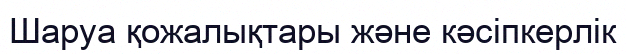
Шаруа қожалықтары және кәсіпкерлік